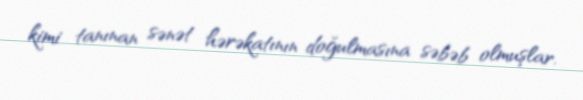
kimi tanınan sənət hərəkatının doğulmasına səbəb olmuşlar.